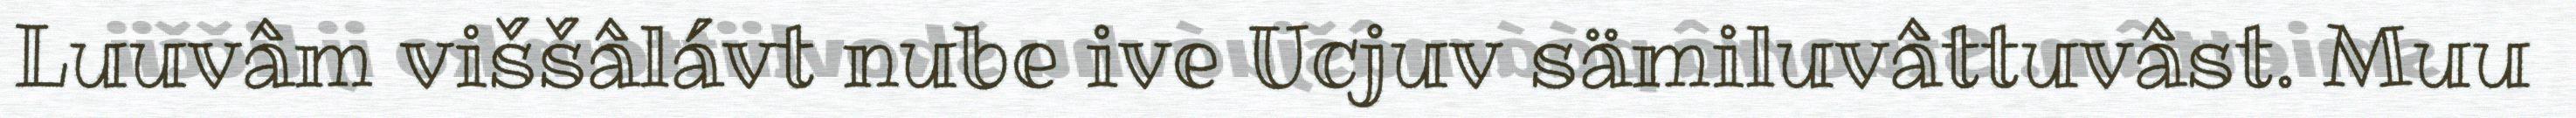
Luuvâm viššâlávt nube ive Ucjuv sämiluvâttuvâst. Muu